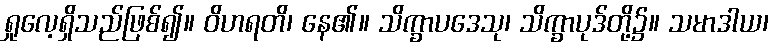
ရှုလေ့ရှိသည်ဖြစ်၍။ ဝိဟရတိ၊ နေ၏။ သိက္ခာပဒေသု၊ သိက္ခာပုဒ်တို့၌။ သမာဒါယ၊